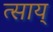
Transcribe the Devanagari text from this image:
त्साय्